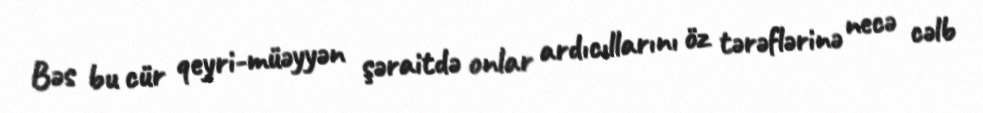
Bəs bu cür qeyri-müəyyən şəraitdə onlar ardıcıllarını öz tərəflərinə necə cəlb